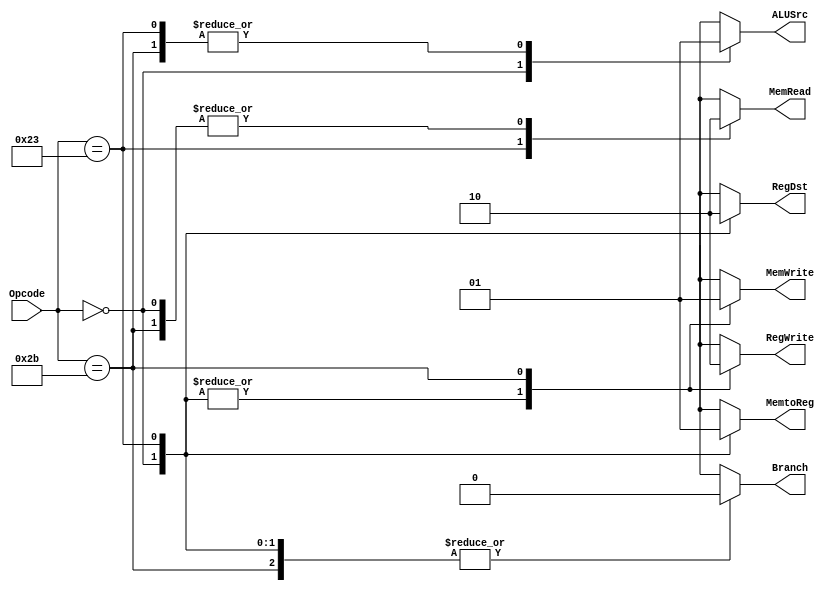
module MainControl(
    input [5:0] Opcode,
    output reg RegDst, RegWrite, ALUSrc,
    output reg MemtoReg, MemRead, MemWrite,
    output reg Branch
);

always @(*)
begin
    case(Opcode)
        6'b000000: begin // R-Type
            RegDst    = 1'b1;
            RegWrite  = 1'b1;
            ALUSrc    = 1'b0;
            MemtoReg  = 1'b0;
            MemRead   = 1'b0;
            MemWrite  = 1'b0;
            Branch    = 1'b0;
        end
        6'b100011: begin // lw
            RegDst    = 1'b0;
            RegWrite  = 1'b1;
            ALUSrc    = 1'b1;
            MemtoReg  = 1'b1;
            MemRead   = 1'b1;
            MemWrite  = 1'b0;
            Branch    = 1'b0;
        end
        6'b101011: begin // sw
            RegDst    = 1'bX; // Not used in sw instruction
            RegWrite  = 1'b0;
            ALUSrc    = 1'b1;
            MemtoReg  = 1'bX; // Not used in sw instruction
            MemRead   = 1'b0;
            MemWrite  = 1'b1;
            Branch    = 1'b0;
        end
        default: begin // Other instructions
            RegDst    = 1'bX;
            RegWrite  = 1'bX;
            ALUSrc    = 1'bX;
            MemtoReg  = 1'bX;
            MemRead   = 1'bX;
            MemWrite  = 1'bX;
            Branch    = 1'bX;
        end
    endcase
end

endmodule